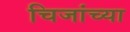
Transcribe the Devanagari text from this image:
चिजांच्या